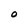
Character: O